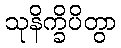
သုနိက္ခိပိတွာ